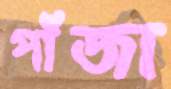
পাঁজা